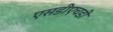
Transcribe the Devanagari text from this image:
एसडीएचडी